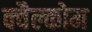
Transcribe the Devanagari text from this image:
क्वैल्कोम